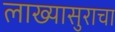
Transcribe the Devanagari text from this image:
लाख्यासुराचा